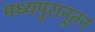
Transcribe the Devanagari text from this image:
मध्यपुरानूतन